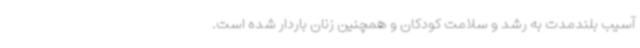
آسیب بلندمدت به رشد و سلامت کودکان و همچنین زنان باردار شده است.